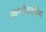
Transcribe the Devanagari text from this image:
कर्णाटकीय